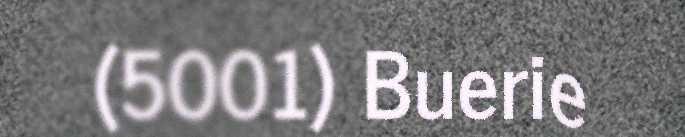
(5001) Buerie